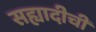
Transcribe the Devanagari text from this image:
सह्यादीची